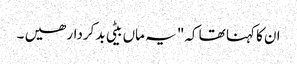
ان کا کہنا تھا کہ" یہ ماں بیٹی بدکردار ھیں ۔